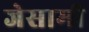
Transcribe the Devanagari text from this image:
जेसामी